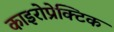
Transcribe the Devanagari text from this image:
काइरोप्रेक्टिक